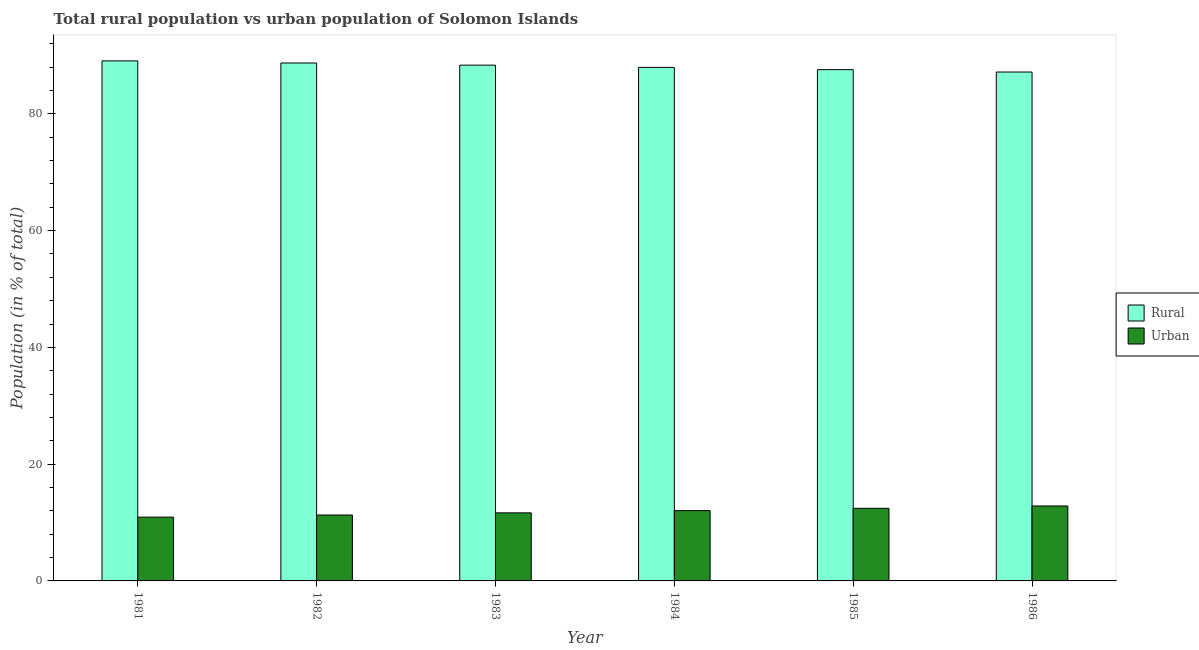
| Year | Rural | Urban |
 | --- | --- | --- |
 | 1981 | 89.1 | 10.9 |
 | 1982 | 88.7 | 11.3 |
 | 1983 | 88.3 | 11.7 |
 | 1984 | 88 | 12 |
 | 1985 | 87.6 | 12.4 |
 | 1986 | 87.2 | 12.8 |